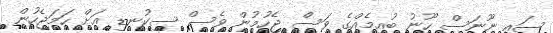
ސައި ނޫނަސް ހޫނު ބުއިމެއްގެ ވަސް ޖެހުމުން ވެސް ސިކުނޑި އަށް ހަމަޖެހުން